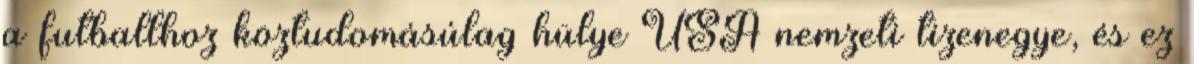
a futballhoz köztudomásúlag hülye USA nemzeti tizenegye, és ez